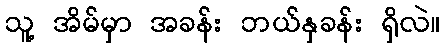
သူ့ အိမ်မှာ အခန်း ဘယ်နှခန်း ရှိလဲ။